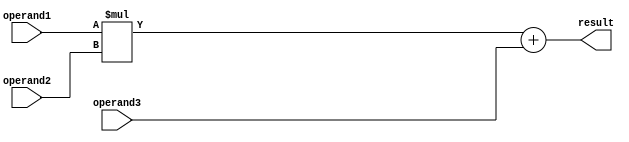
module FMA_FPU (
    input wire [31:0] operand1,
    input wire [31:0] operand2,
    input wire [31:0] operand3,
    output reg [31:0] result
);

reg [31:0] product;
reg [31:0] sum;

always @(*) begin
    product = operand1 * operand2;
    sum = product + operand3;
    result = sum;
end

endmodule